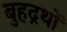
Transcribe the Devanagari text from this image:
बुहद्रथों